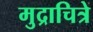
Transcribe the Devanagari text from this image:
मुद्राचित्रे